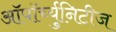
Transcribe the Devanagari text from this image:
ऑपॉर्च्युनिटीज